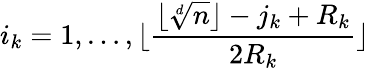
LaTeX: i_{k}=1,\dots,\lfloor\frac{\lfloor\sqrt[d]{n}\rfloor-j_{k}+R_{k}}{2R_{k}}\rfloor